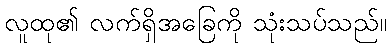
လူထု၏ လက်ရှိအခြေကို သုံးသပ်သည်။